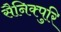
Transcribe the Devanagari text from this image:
सैनिक्पुरि